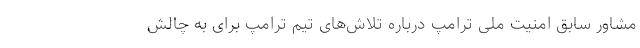
مشاور سابق امنیت ملی ترامپ درباره تلاش‌های تیم ترامپ برای به چالش‌